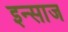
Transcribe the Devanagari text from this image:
इन्साज